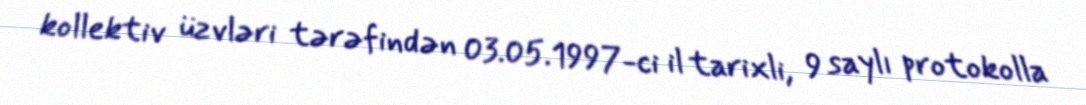
kollektiv üzvləri tərəfindən 03.05.1997-ci il tarixli, 9 saylı protokolla